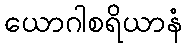
ယောဂါစရိယာနံ